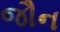
જૌન